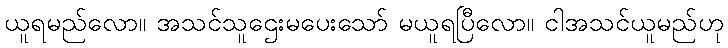
ယူရမည်လော။ အသင်သူဌေးမပေးသော် မယူရပြီလော။ ငါအသင်ယူမည်ဟု